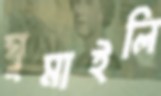
ঘুমাইলি